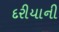
દરીયાની